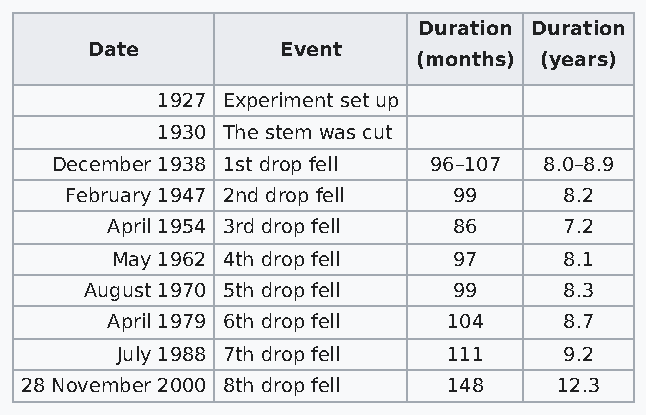
Duration Duration
 Date         Event
 (months) (years)
 1927 Experiment set up
 1930 The stem was cut
 December 1938 1st drop fell 96–107 8.0–8.9
 February 1947 2nd drop fell 99   8.2
 April 1954 3rd drop fell 86   7.2
 May 1962 4th drop fell 97     8.1
 August 1970 5th drop fell 99   8.3
 April 1979 6th drop fell 104  8.7
 July 1988 7th drop fell 111  9.2
 28 November 2000 8th drop fell 148  12.3